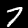
Digit: 7